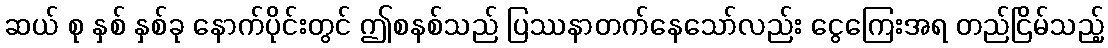
ဆယ် စု နှစ် နှစ်ခု နောက်ပိုင်းတွင် ဤစနစ်သည် ပြဿနာတက်နေသော်လည်း ငွေကြေးအရ တည်ငြိမ်သည့်